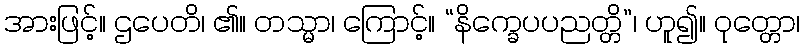
အားဖြင့်။ ဌပေတိ၊ ၏။ တသ္မာ၊ ကြောင့်။ “နိက္ခေပပညတ္တိ”၊ ဟူ၍။ ဝုတ္တော၊